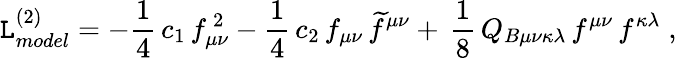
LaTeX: {\cal\mathtt{L}}_{model}^{(2)}=-\frac{{1}}{{4}}\, c_{1}\, f_{\mu\nu}^{\, 2}-\frac{{1}}{{4}}\, c_{2}\, f_{\mu\nu}\, \widetilde{{f}}^{\mu\nu}+\, \frac{{1}}{{8}}\, Q_{B\mu\nu\kappa\lambda}\, f^{\mu\nu}\, f^{\kappa\lambda}\; ,